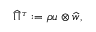
\widehat { \Pi } ^ { \tau } : = \rho \* u \otimes \widehat { \* w } ,